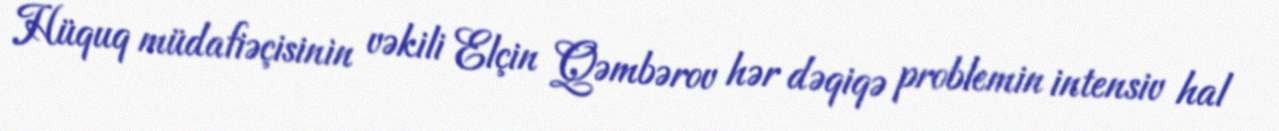
Hüquq müdafiəçisinin vəkili Elçin Qəmbərov hər dəqiqə problemin intensiv hal